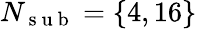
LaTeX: N_{\mathrm{~s~u~b~}}=\{ 4,16\}